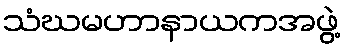
သံဃမဟာနာယကအဖွဲ့